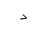
Letter: _dal